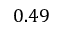
0 . 4 9